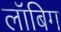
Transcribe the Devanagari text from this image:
लॉबिग